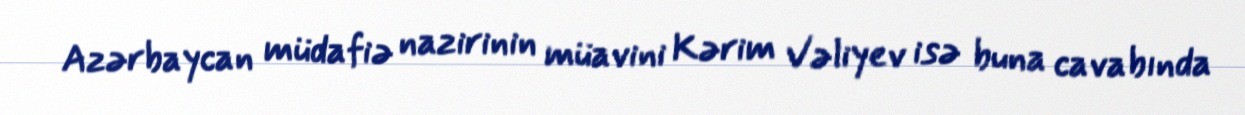
Azərbaycan müdafiə nazirinin müavini Kərim Vəliyev isə buna cavabında